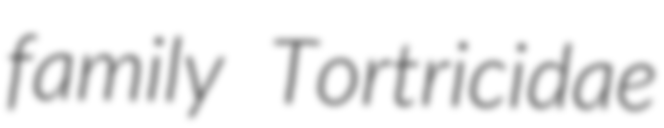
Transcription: family Tortricidae